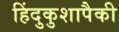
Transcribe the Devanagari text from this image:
हिंदुकुशापैकी